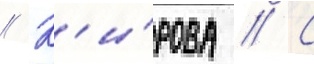
// К'и́рова // С